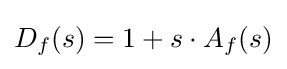
D_{f}(s)=1+s\cdot A_{f}(s)